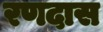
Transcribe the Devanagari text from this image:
रणदास